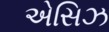
એસિઝ